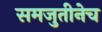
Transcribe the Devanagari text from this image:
समजुतीनेच